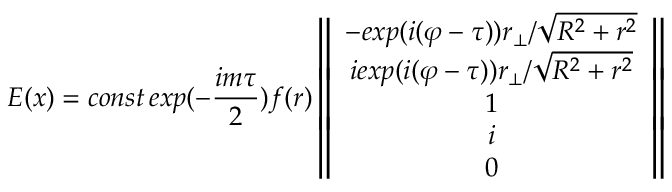
E ( x ) = c o n s t \, e x p ( - \frac { i m \tau } { 2 } ) f ( r ) \left\| \begin{array} { c } { { - e x p ( i ( \varphi - \tau ) ) r _ { \bot } / \sqrt { R ^ { 2 } + r ^ { 2 } } } } \\ { { i e x p ( i ( \varphi - \tau ) ) r _ { \bot } / \sqrt { R ^ { 2 } + r ^ { 2 } } } } \\ { { 1 } } \\ { { i } } \\ { { 0 } } \end{array} \right\|